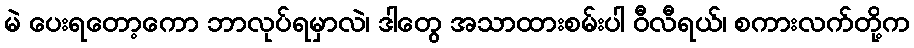
မဲ ပေးရတော့ကော ဘာလုပ်ရမှာလဲ၊ ဒါတွေ အသာထားစမ်းပါ ဝီလီရယ်၊ စကားလက်တို့က